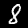
Label: 8